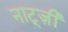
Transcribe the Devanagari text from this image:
नाट्ज़ी